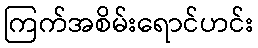
ကြက်အစိမ်းရောင်ဟင်း